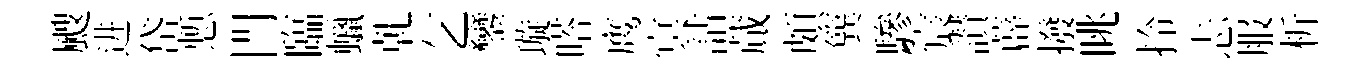
颼进岱慙門臨蠟乹乞鑾璇嗒鹰㝠詁蕆頗簨驂宸讃薜撥眺拎忐服析